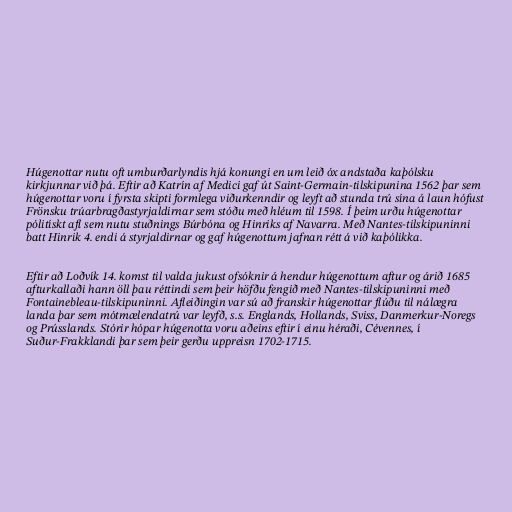
Húgenottar nutu oft umburðarlyndis hjá konungi en um leið óx andstaða kaþólsku
kirkjunnar við þá. Eftir að Katrín af Medici gaf út Saint-Germain-tilskipunina 1562 þar sem
húgenottar voru í fyrsta skipti formlega viðurkenndir og leyft að stunda trú sína á laun hófust
Frönsku trúarbragðastyrjaldirnar sem stóðu með hléum til 1598. Í þeim urðu húgenottar
pólitískt afl sem nutu stuðnings Búrbóna og Hinriks af Navarra. Með Nantes-tilskipuninni
batt Hinrik 4. endi á styrjaldirnar og gaf húgenottum jafnan rétt á við kaþólikka.

Eftir að Loðvík 14. komst til valda jukust ofsóknir á hendur húgenottum aftur og árið 1685
afturkallaði hann öll þau réttindi sem þeir höfðu fengið með Nantes-tilskipuninni með
Fontainebleau-tilskipuninni. Afleiðingin var sú að franskir húgenottar flúðu til nálægra
landa þar sem mótmælendatrú var leyfð, s.s. Englands, Hollands, Sviss, Danmerkur-Noregs
og Prússlands. Stórir hópar húgenotta voru aðeins eftir í einu héraði, Cévennes, í
Suður-Frakklandi þar sem þeir gerðu uppreisn 1702-1715.